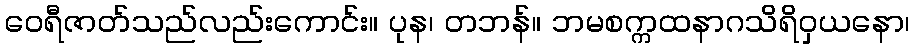
ဝေရီဇာတ်သည်လည်းကောင်း။ ပုန၊ တဘန်။ ဘမစက္ကထနာဂသိရိဝှယနော၊